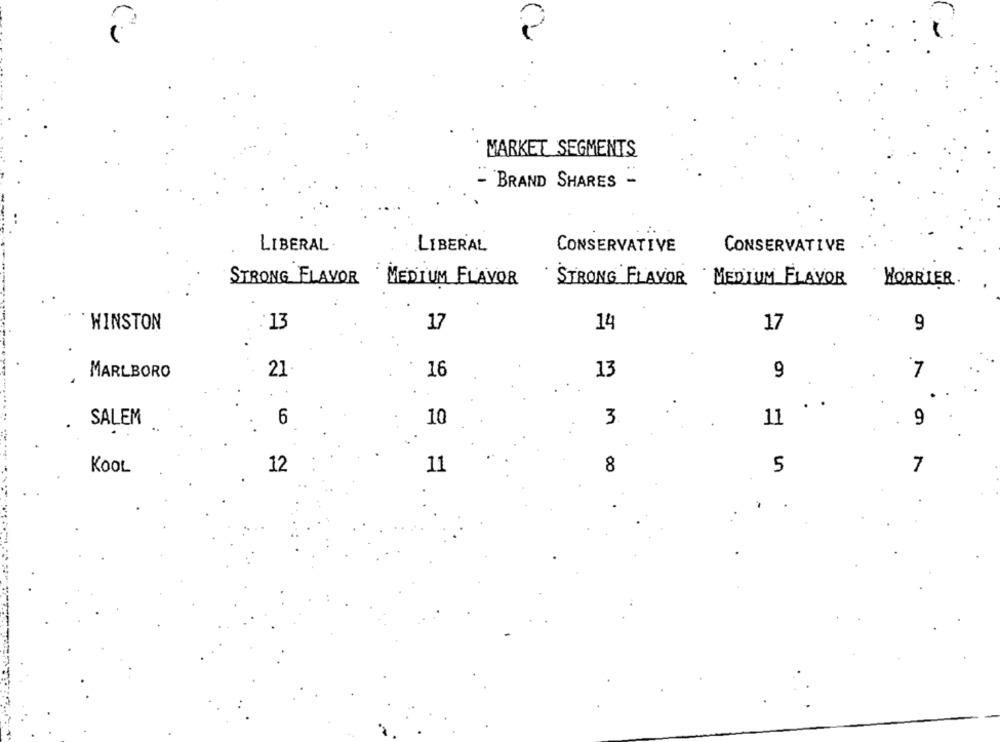
MARKET SEGMENTS
- BRAND SHARES -
LIBERAL
LIBERAL
CONSERVATIVE
CONSERVATIVE
STRONG FLAVOR
MEDIUM FLAVOR
STRONG FLAVOR MEDIUM FLAVOR
WORRIER.
WINSTON
13
17
17
9
14
21
7
MARLBORO
16
13
9
.
6
10
3
11
9
SALEM
12
11
8
5
7
KOOL